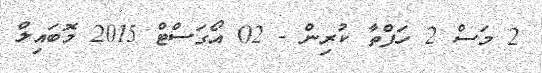
2 މަސް 2 ހަފްތާ ކުރިން - 02 އޯގަސްޓް 2015 މޮބައިލް